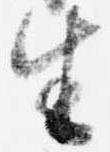
生